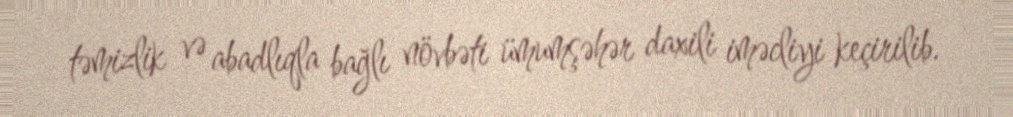
təmizlik və abadlıqla bağlı növbəti ümumşəhər daxili iməcliyi keçirilib.